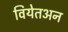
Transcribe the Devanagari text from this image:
वियेतअन